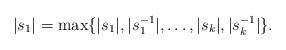
LaTeX: \begin{align*} |s_1| = \max \{|s_1|, |s_1^{-1}| ,\ldots, |s_k|, |s_k^{-1}|\}. \end{align*}